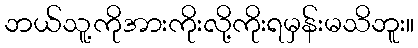
ဘယ်သူ့ကိုအားကိုးလို့ကိုးရမှန်းမသိဘူး။